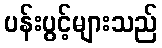
ပန်းပွင့်များသည်